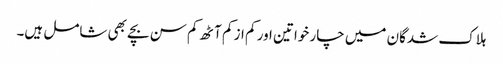
ہلاک شدگان میں چار خواتین اور کم از کم آٹھ کم سن بچے بھی شامل ہیں۔